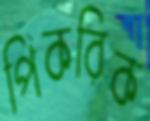
পিকরিক